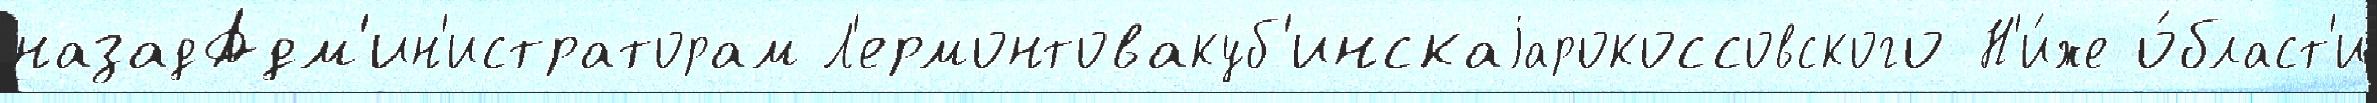
назадАдм'ин'истраторам Л'ермонтовакуб'инскаjарокоссовского Н'и́же о́бласт'и